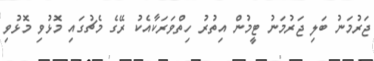
ޖަރުމަނު ބަލި ޖަރުމަނު ޓީމުން އިތުރު ހިތްވަރަކާއެކު ރޭގެ މެޗުގައި މޮޅުވި މޮޅުވި